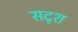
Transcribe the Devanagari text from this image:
सदृश